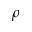
\rho